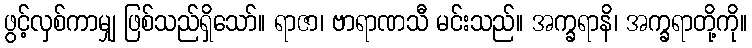
ဖွင့်လှစ်ကာမျှ ဖြစ်သည်ရှိသော်။ ရာဇာ၊ ဗာရာဏသီ မင်းသည်။ အက္ခရာနိ၊ အက္ခရာတို့ကို။